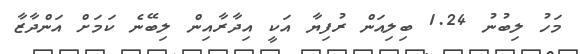
މަހު ލިބުނު 1.24 ބިލިއަން ރުފިޔާ އަކީ އިދާރާއިން ލިބޭނެ ކަމަށް އަންދާޒާ